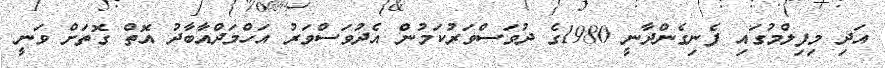
އަދި މިފިލްމުގައި ފެނިގެންދާނީ 1980ގެ ދުވަސްވަރުކަމުން އެދުވަސްވަރު އަހްމަދްއާބާދު އޮތް ގޮތަށް ވަނީ